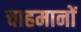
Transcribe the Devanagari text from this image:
चाहमानों